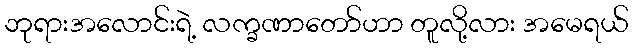
ဘုရားအလောင်းရဲ့ လက္ခဏာတော်ဟာ တူလို့လား အမေရယ်